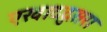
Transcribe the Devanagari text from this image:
एखाददुसरा